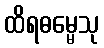
ထိရဓမ္မေသု